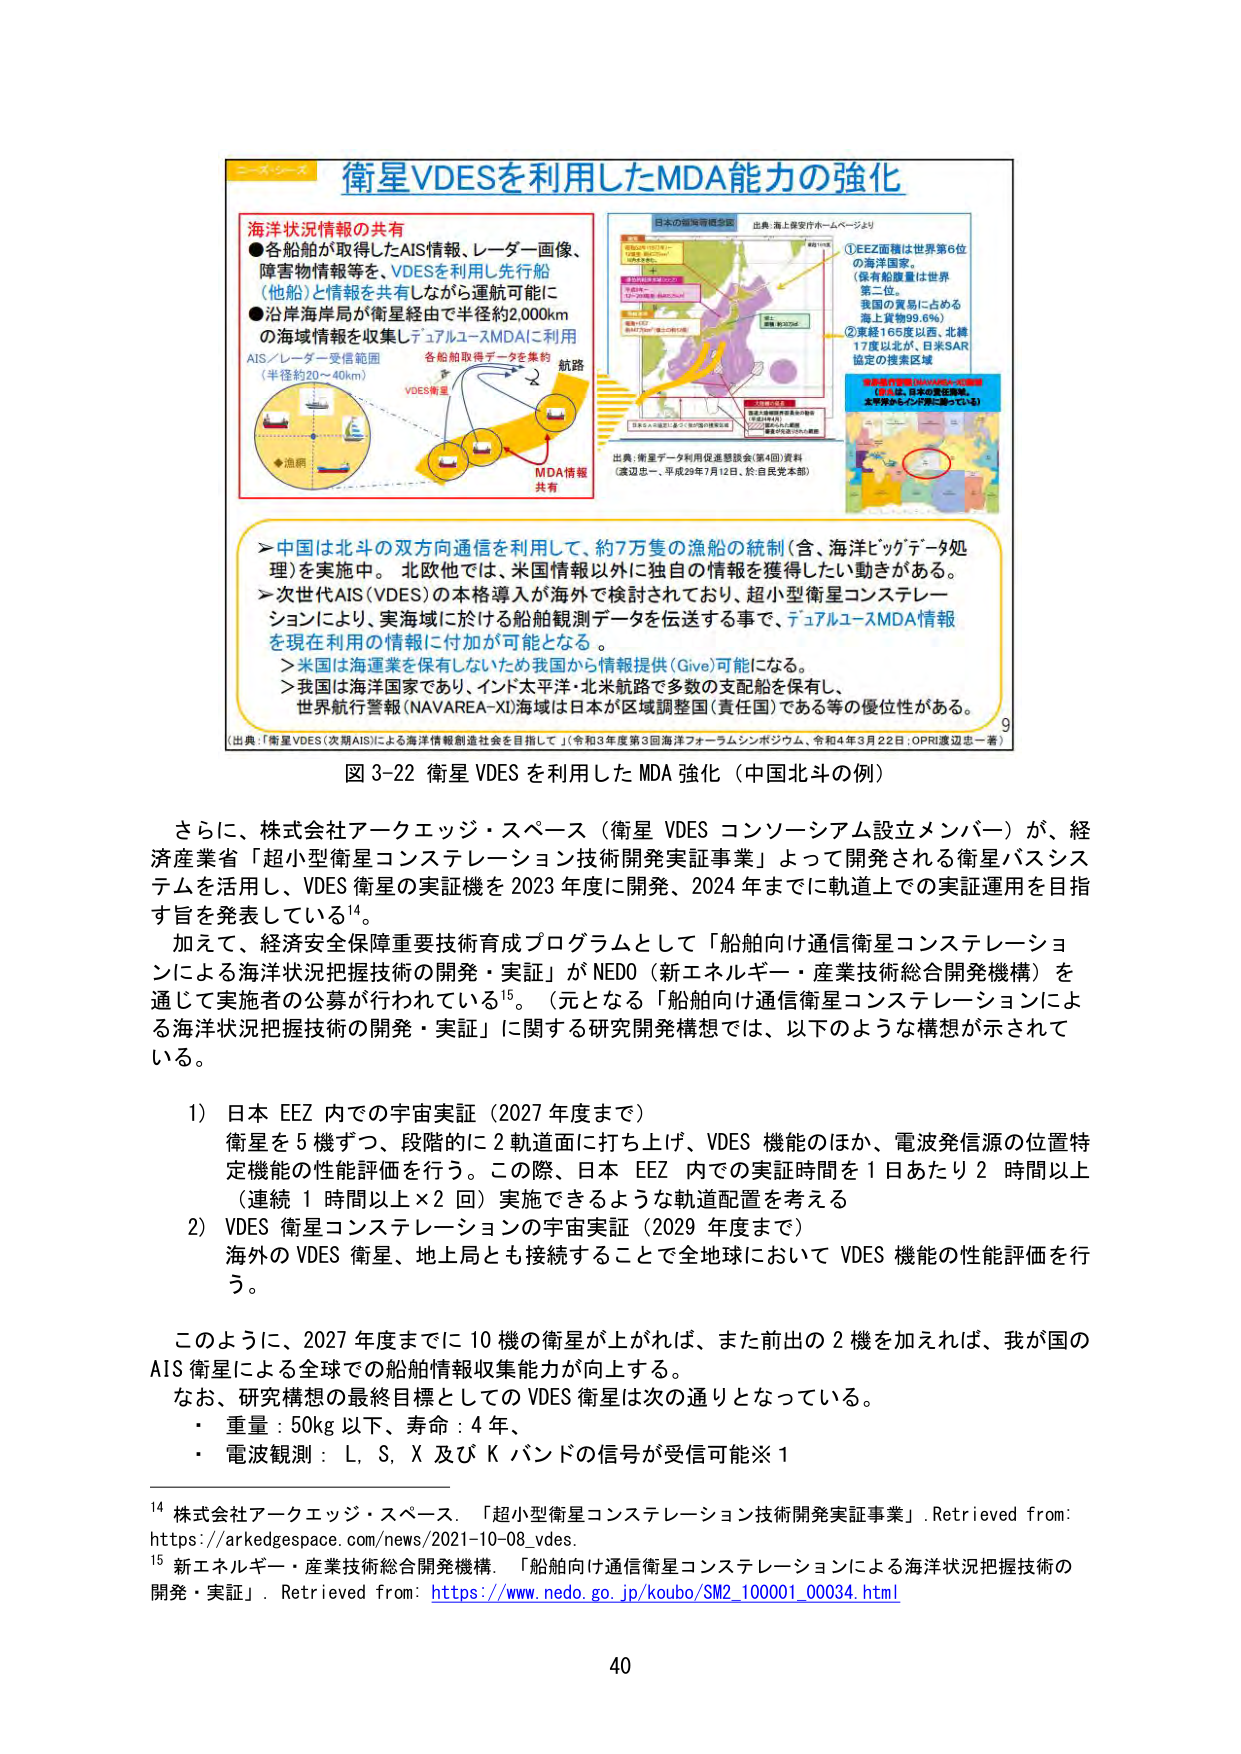
衛星VDESを利用したMDA能力の強化

海洋状況情報の共有
●各船舶が取得したAIS情報、レーダー画像、
障害物情報等を、VDESを利用し先行船
（他船）と情報を共有しながら運航可能に
●沿岸海岸局が衛星経由で半径約2,000km
の海域情報を収集しデュアルユーズMDAに利用

AIS／レーダー受信範囲
（半径約20～40km）

各船舶取得データを集約
航路
VDES衛星
MDA情報
共有

日本の領海等概念図
出典：海上保安庁ホームページより

①EEZ面積は世界第6位
の海洋国家。
（保有船腹量は世界
第二位。
我国の貿易に占める
海上貨物99.6％）
②東経165度以西、北緯
17度以北が、日米SAR
協定の捜索区域

衛星観測範囲（VDES衛星の受信範囲）
【赤枠は、日本の責任海域。
太平洋からインド洋に渡っている】

出典：衛星データ利用促進懇談会（第4回）資料
（渡辺忠一、平成29年7月12日、於：自民党本部）

＞中国は北斗の双方向通信を利用して、約7万隻の漁船の統制（含、海洋ビッグデータ処理）を実施中。北欧他では、米国情報以外に独自の情報を獲得したい動きがある。
＞次世代AIS（VDES）の本格導入が海外で検討されており、超小型衛星コンステレーションにより、実海域に於ける船舶観測データを伝送する事で、デュアルユーズMDA情報
を現在利用の情報に付加が可能となる。
＞米国は海運業を保有しないため我国から情報提供（Give）可能になる。
＞我国は海洋国家であり、インド太平洋・北米航路で多数の支配船を保有し、
世界航行警報（NAVAREA-X）海域は日本が区域調整国（責任国）である等の優位性がある。

（出典：「衛星VDES（次期AIS）による海洋情報創造社会を目指して」（令和3年度第3回海洋フォーラムシンポジウム、令和4年3月22日：OPRI渡辺忠一著））

図 3-22 衛星 VDES を利用した MDA 強化（中国北斗の例）

さらに、株式会社アークエッジ・スペース（衛星 VDES コンソーシアム設立メンバー）が、経済産業省「超小型衛星コンステレーション技術開発実証事業」によって開発される衛星バスシステムを活用し、VDES 衛星の実証機を 2023 年度に開発、2024 年までに軌道上での実証運用を目指す旨を発表している¹⁴。

加えて、経済安全保障重要技術育成プログラムとして「船舶向け通信衛星コンステレーションによる海洋状況把握技術の開発・実証」が NEDO（新エネルギー・産業技術総合開発機構）を通じて実施者の公募が行われている¹⁵。（元となる「船舶向け通信衛星コンステレーションによる海洋状況把握技術の開発・実証」に関する研究開発構想では、以下のような構想が示されている。

1）日本 EEZ 内での宇宙実証（2027 年度まで）
衛星を 5 機ずつ、段階的に 2 軌道面に打ち上げ、VDES 機能のほか、電波発信源の位置特定機能の性能評価を行う。この際、日本 EEZ 内での実証時間を 1 日あたり 2 時間以上（連続 1 時間以上×2 回）実施できるような軌道配置を考える

2）VDES 衛星コンステレーションの宇宙実証（2029 年度まで）
海外の VDES 衛星、地上局とも接続することで全地球において VDES 機能の性能評価を行う。

このように、2027 年度までに 10 機の衛星が上がれば、また前出の 2 機を加えれば、我が国の AIS 衛星による全球での船舶情報収集能力が向上する。
なお、研究構想の最終目標としての VDES 衛星は次の通りとなっている。
・重量：50kg 以下、寿命：4 年、
・電波観測：L, S, X 及び K バンドの信号が受信可能※1

¹⁴ 株式会社アークエッジ・スペース．「超小型衛星コンステレーション技術開発実証事業」．Retrieved from: https://arkedgespace.com/news/2021-10-08_vdes.
¹⁵ 新エネルギー・産業技術総合開発機構．「船舶向け通信衛星コンステレーションによる海洋状況把握技術の開発・実証」．Retrieved from: https://www.nedo.go.jp/koubo/SM2_100001_00034.html

40